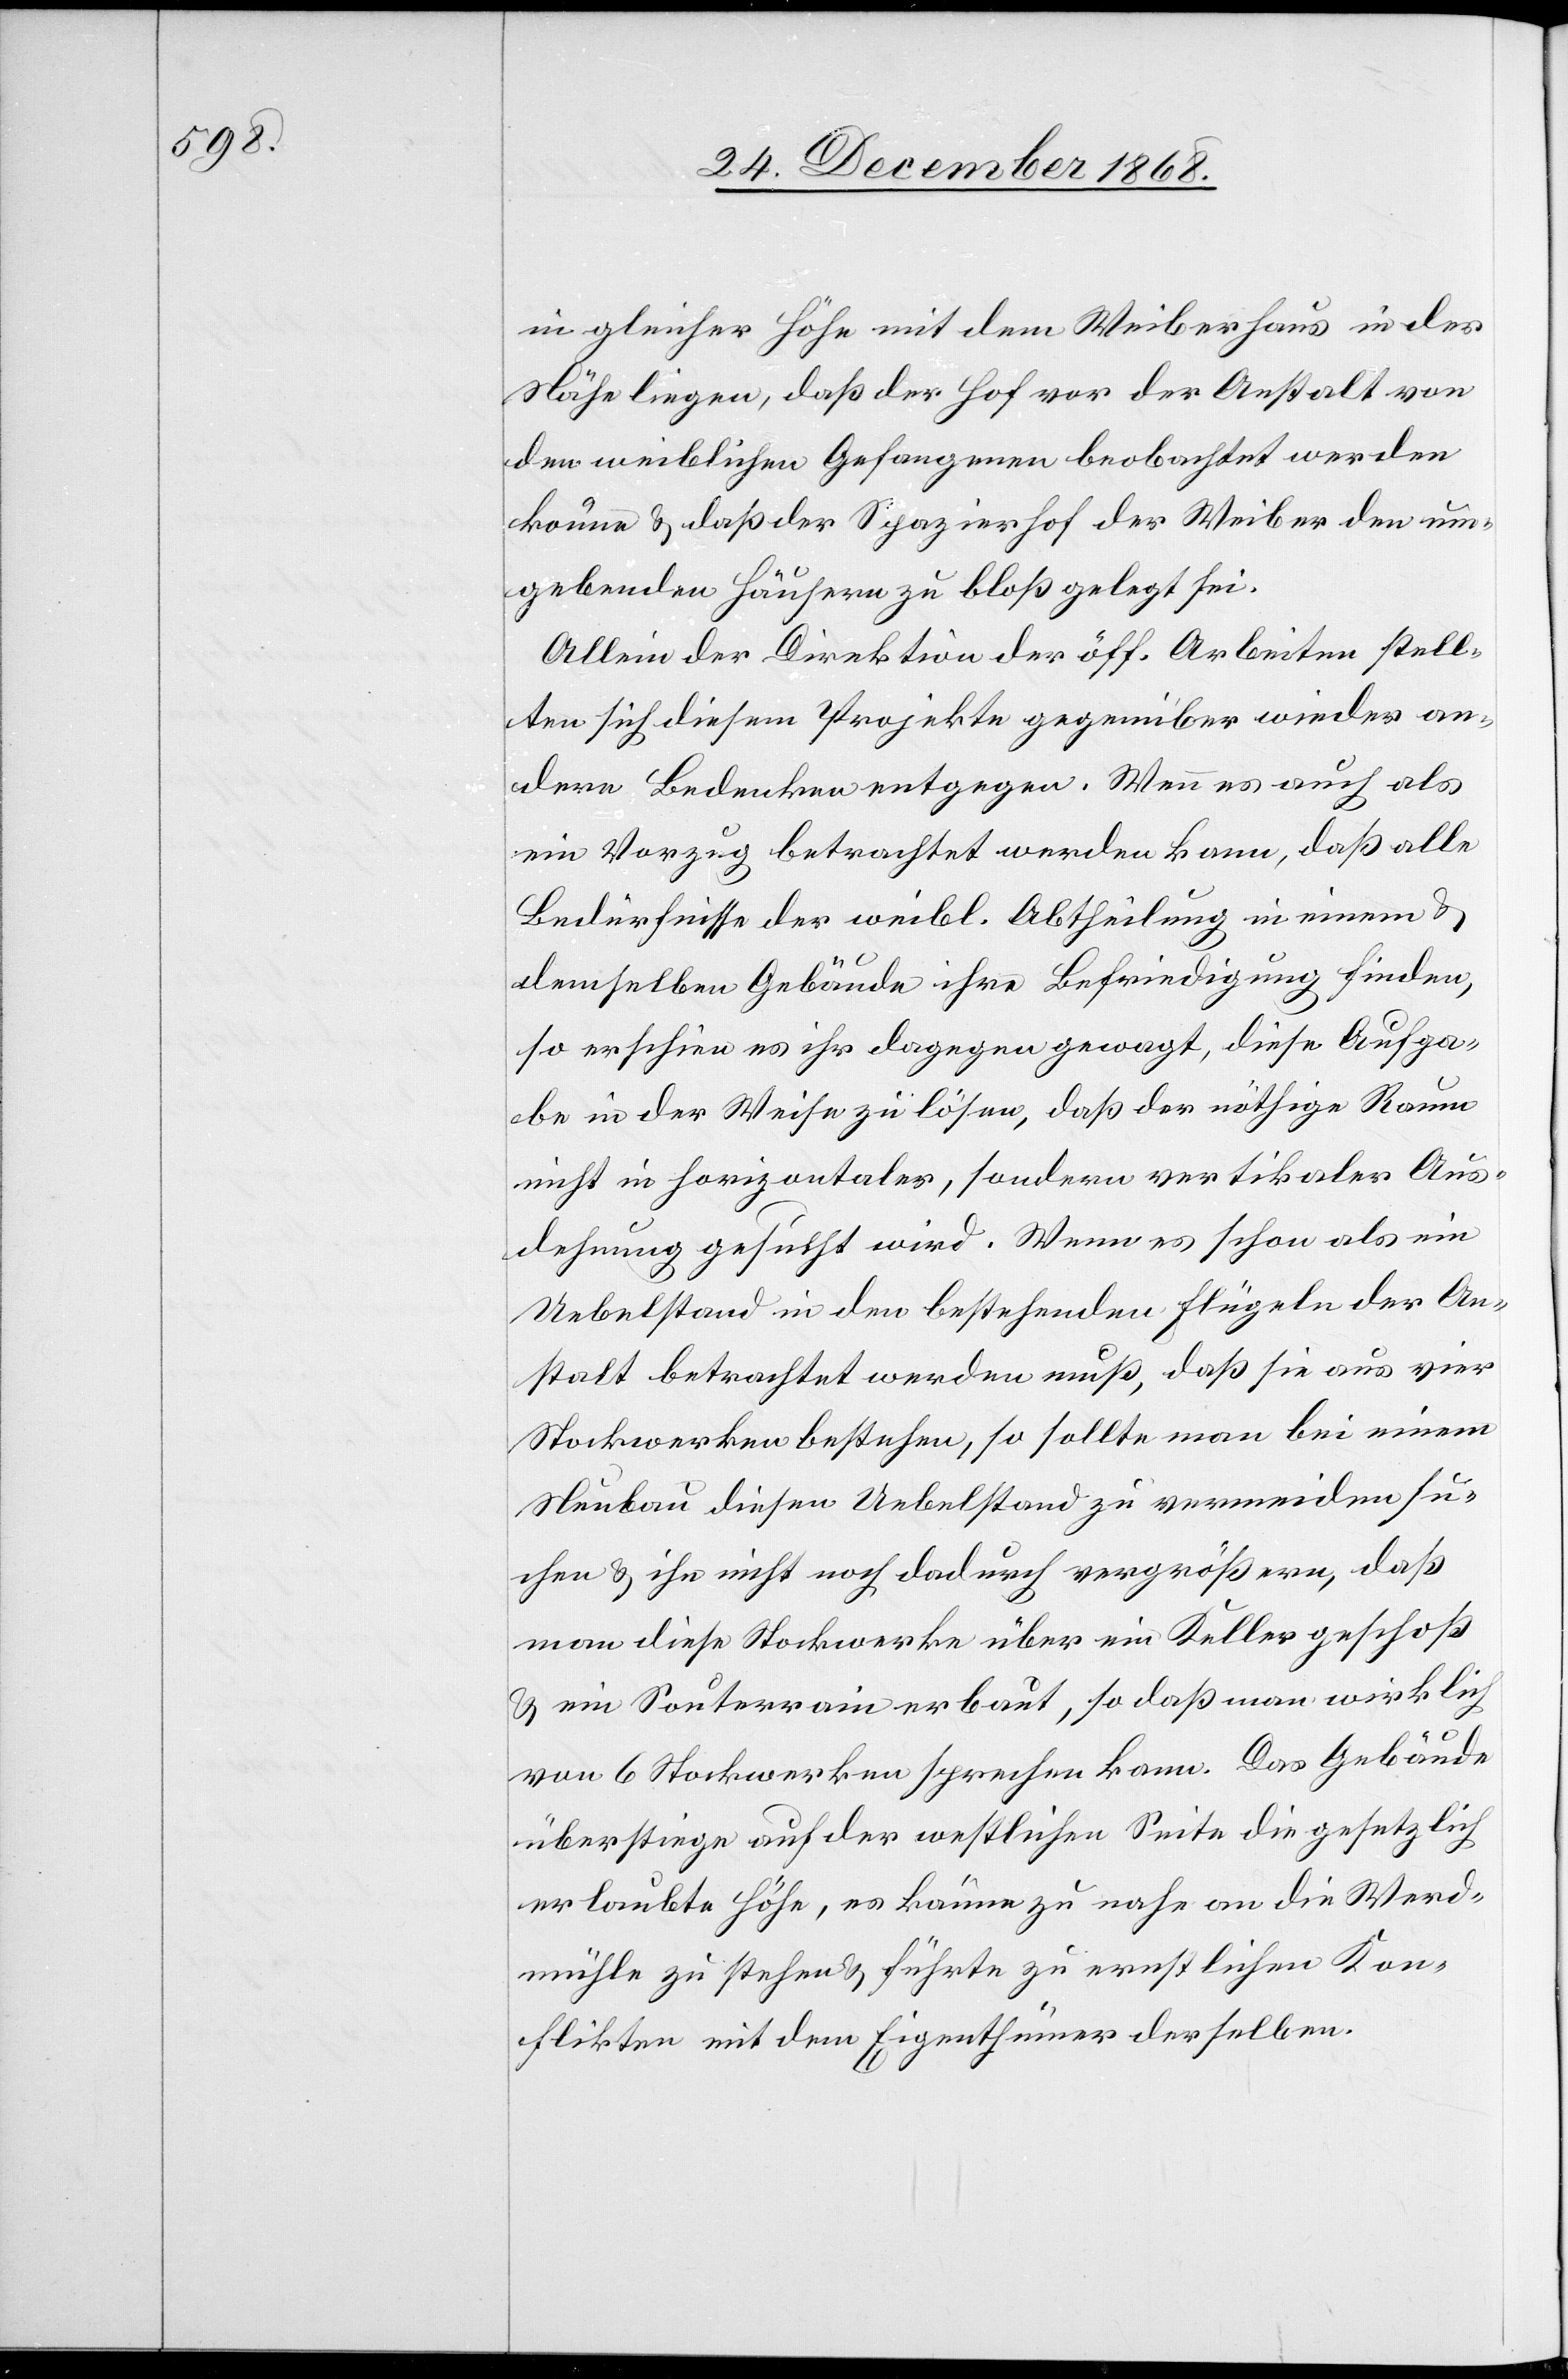
in gleicher Höhe mit dem Weiberhaus in der
Nähe liegen, daß der Hof vor der Anstalt von
den weiblichen Gefangenen beobachtet werden
könne & daß der Spazierhof der Weiber den um¬
gebenden Häusern zu bloß gelegt sei.
Allein der Direktion der öff. Arbeiten stell¬
ten sich diesem Projekte gegenüber wieder an¬
dere Bedenken entgegen. Wenn es auch als
ein Vorzug betrachtet werden kann, daß alle
Bedürfnisse der weibl. Abtheilung in einem &
demselben Gebäude ihre Befriedigung finden,
so erschien es ihr dagegen gewagt, diese Aufga¬
be in der Weise zu lösen, daß der nöthige Raum
nicht in horizontaler, sondern vertikaler Aus¬
dehnung gesucht wird. Wenn es schon als ein
Uebelstand in den bestehenden Flügeln der An¬
stalt betrachtet werden muß, daß sie aus vier
Stockwerken bestehen, so sollte man bei einem
Neubau diesen Uebelstand zu vermeiden su¬
chen & ihn nicht noch dadurch vergrößern, daß
man diese Stockwerke über ein Kellergeschoß
& ein Souterrain erbaut, so daß man wirklich
von 6 Stockwerken sprechen kann. Das Gebäude
überstiege auf der westlichen Seite die gesetzlich
erlaubte Höhe, es käme zu nahe an die Werd¬
mühle zu stehen & führte zu ernstlichen Kon¬
flikten mit dem Eigenthümer derselben.